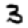
Digit: 3